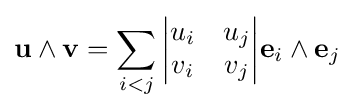
\mathbf {u} \wedge \mathbf {v} =\sum _{i<j}{{\begin{vmatrix}u_{i}&u_{j}\\v_{i}&v_{j}\end{vmatrix}}{\mathbf {e} }_{i}\wedge {\mathbf {e} }_{j}}